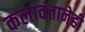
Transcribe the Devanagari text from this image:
कलावंतानेही